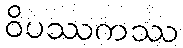
ဝိပဿကဿ